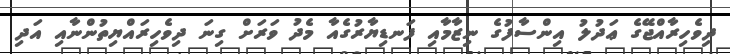
ދިވެހިރާއްޖޭގެ ޢަދުލު އިންސާފުގެ ނިޒާމާއި ފަނޑިޔާރުގެއާ މެދު ވަރަށް ގިނަ ދިވެހިރައްޔިތުންނާއި އަދި